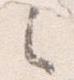
之